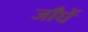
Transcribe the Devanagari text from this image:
जाँघें